Lunatic asylums Punjab 1911-1921 - 1911-1921
Year: 1911
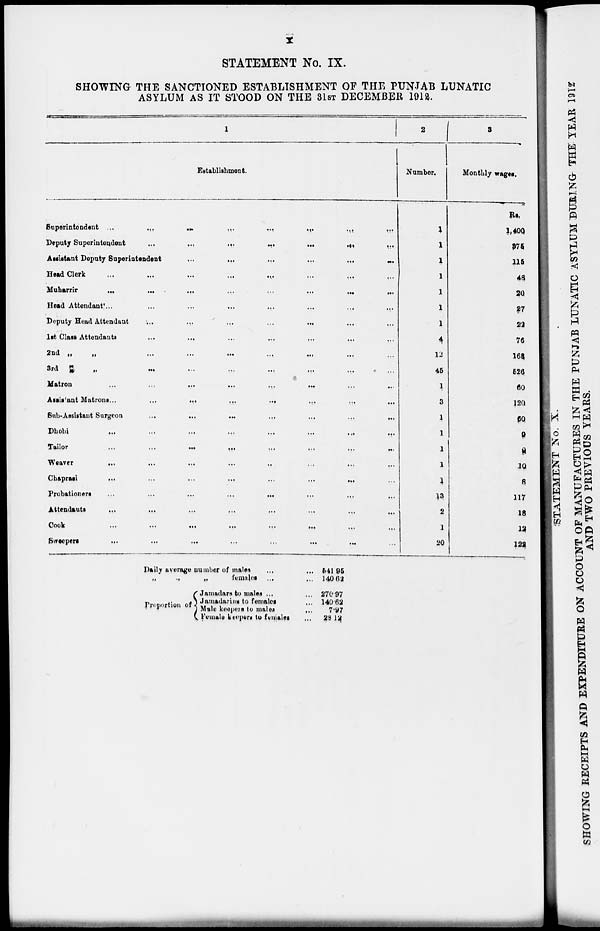
X
STATEMENT No. IX.
SHOWING THE SANCTIONED ESTABLISHMENT OF THE PUNJAB LUNATIC
ASYLUM AS IT STOOD ON THE 31ST DECEMBER 1912.
1
Establishment.
Superintendent ... ... ... ... ... ... ... ...
Deputy Superintendent ... ... ... ... ... ... ... ...
Assistant Deputy Superintendent
...
...
...
...
...
...
...
...
Head Clerk ... ... ... ... ... ... ... ...
Muharrir ... ... ... ... ... ... ... ...
Head Attendants ... ... ... ... ... ... ... ...
Deputy Head Attendant ... ... ... ... ... ... ... ...
1st Class Attendants ... ... ... ... ... ... ... ...
2nd
„
„
...
...
...
...
...
...
...
...
3rd „ „ ... ... ... ... ... ... ... ...
Matron
...
...
...
...
...
...
...
...
Assistant Matrons
...
...
...
...
...
...
...
...
Sub-Assistant Surgeon
...
...
...
...
...
...
...
...
Dhobi
...
...
...
...
...
...
...
...
Tailor
...
...
...
...
...
...
...
...
Weaver ... ... ... ... ... ... ... ...
Chaprasi
...
...
...
...
...
...
...
...
Probationers
...
...
...
...
...
...
...
...
Attendants ... ... ... ... ... ... ... ...
Cook
...
...
...
...
...
...
...
...
Sweepers
...
...
...
...
...
...
...
...
2
Number.
1
1
1
1
1
1
1
4
12
45
1
3
1
1
1
1
1
13
2
1
20
3
Monthly wages.
Rs.
1,400
375
115
48
20
27
22
76
168
526
60
120
60
9
9
10
8
117
18
12
122
Daily average number of males ... ...
.,
„
females ... ...
Proportion of
Jamadara to males ... ...
Jamadarins to females ...
1 Male keepers to males ...
Female keepers to females ...
541.95
140.62
270.97
140.62
7.97
28.12